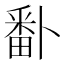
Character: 𭻣